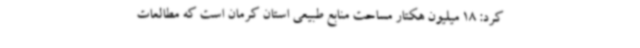
کرد: 18 میلیون هکتار مساحت منابع طبیعی استان کرمان است که مطالعات